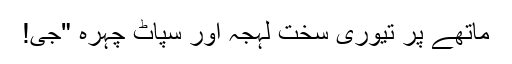
ماتھے پر تیوری سخت لہجہ اور سپاٹ چہرہ "جی!